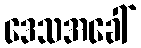
ဒေသအခေါ်